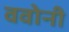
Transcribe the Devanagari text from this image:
ववोनी